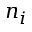
n _ { i }